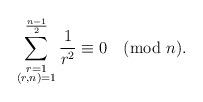
LaTeX: \begin{align*}\sum^{\frac{n-1}{2}}_{\substack{r=1\\ (r,n)=1}}\frac{1}{r^{2}}\equiv 0 \pmod n.\end{align*}